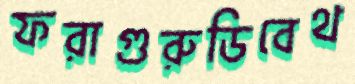
ফরাগুরুডিবেথ